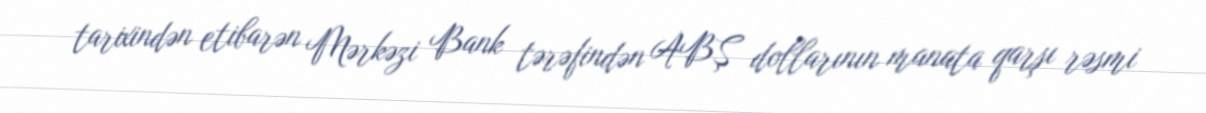
tarixindən etibarən Mərkəzi Bank tərəfindən ABŞ dollarının manata qarşı rəsmi